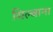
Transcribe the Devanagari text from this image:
सिल्वाना